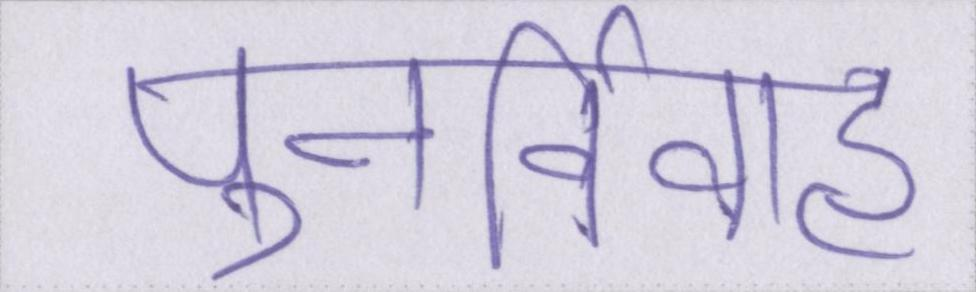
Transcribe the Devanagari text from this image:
पुनर्विवाह